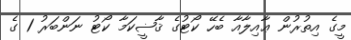
މީގެ އިތުރުން ޢާއިލާއާ ބެހޭ ކޯޓުގެ ޤާޟީކަމާ ކޯޓު ނަންބަރު 1 ގެ